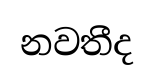
නවතීද